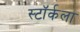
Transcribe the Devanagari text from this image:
स्टॉर्कला